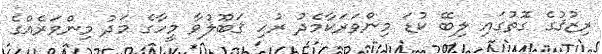
ރިޒުޤުގެ ގޮތުގައި ލިބޭ ކުޑަ މިންވަރަކާމެދު ރުހި ޤަބޫލުވާ މީހާގެ މަދު މިންވަރެއްގެ